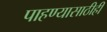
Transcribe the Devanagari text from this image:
पाहण्यासाठीही